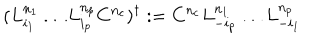
( L _ { i _ { 1 } } ^ { n _ { 1 } } \ldots L _ { i _ { p } } ^ { n _ { p } } C ^ { n _ { c } } ) ^ { \dagger } : = C ^ { n _ { c } } L _ { - i _ { p } } ^ { n _ { 1 } } \ldots L _ { - i _ { 1 } } ^ { n _ { p } }